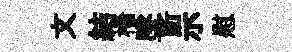
文結檣墜訢示慰